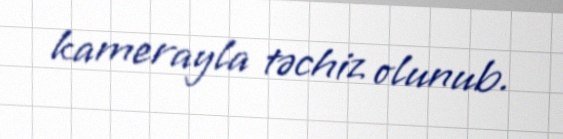
kamerayla təchiz olunub.